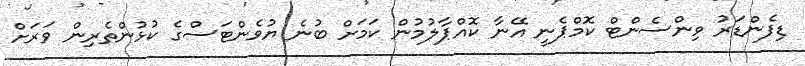
ޑިފެންޑަރު ވިންސެންޓް ކޮމްޕެނީ އޭނާ ކޮއްޕާލުމުން ކަމަށް ބުނެ ޔުވެންޓަސްގެ ކުޅުންތެރިން ވަރަށް